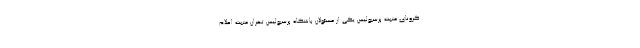
کرونای مثبت پرسپولیس یکی از مسئولان باشگاه پرسپولیس تهران مثبت اعلام